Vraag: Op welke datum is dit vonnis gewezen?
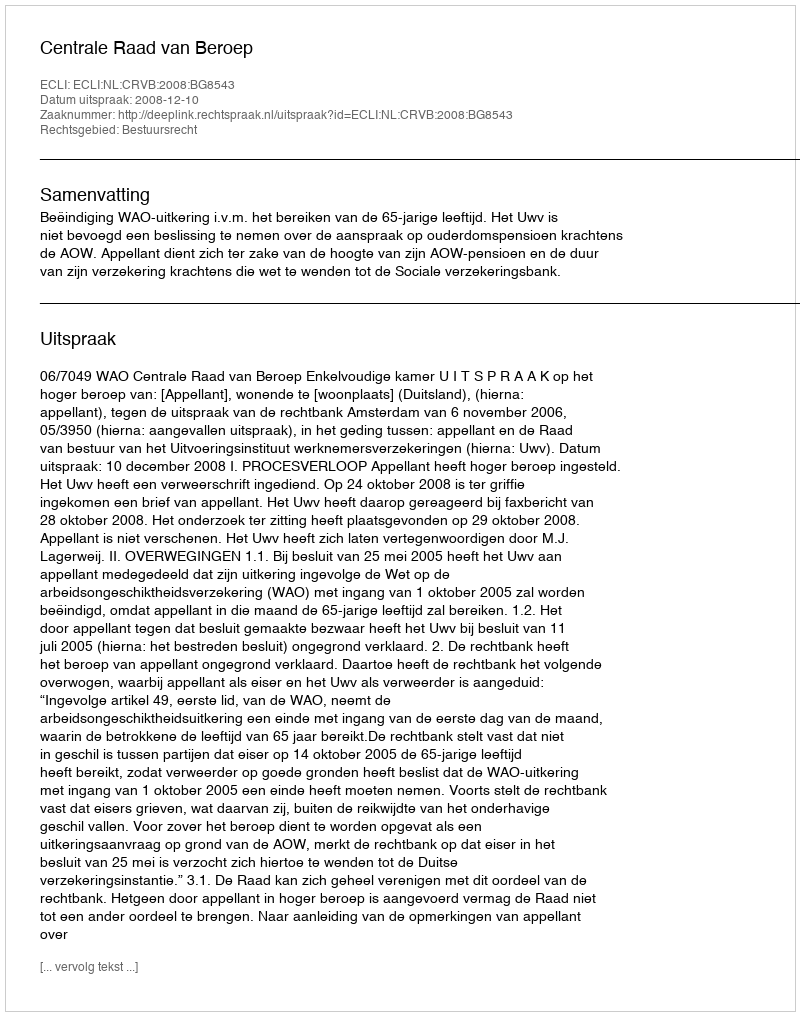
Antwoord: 2008-12-10